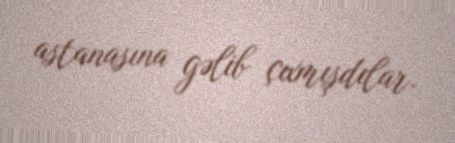
astanasına gəlib çıxmışdılar.